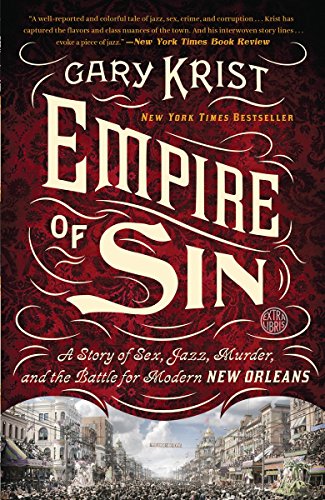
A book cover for Empire of Sin: A Story of Sex, Jazz, Murder, and the Battle for Modern New Orleans; Gary Krist; Biographies & Memoirs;